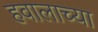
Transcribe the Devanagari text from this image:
हवालाच्या